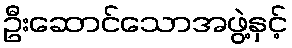
ဦးဆောင်သောအဖွဲ့နှင့်